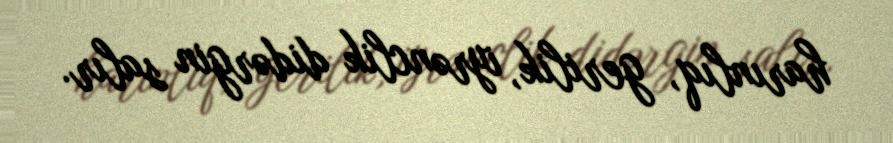
harınlıq, gerilik, iyrənclik didərgin salır.